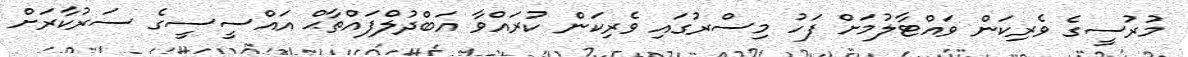
މުރުސީގެ ވެރިކަން ވައްޓާލުމަށް ފަހު މިސްރުގައި ވެރިކަން ކުރައްވާ އަބްދުލްފައްތާޙް އައްސީސީގެ ސަރުކާރަށް